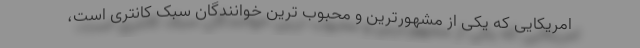
امریکایی که یکی از مشهورترین و محبوب ترین خوانندگان سبک کانتری است،